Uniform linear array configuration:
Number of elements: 32
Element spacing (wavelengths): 0.75
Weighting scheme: hamming
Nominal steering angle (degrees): -30
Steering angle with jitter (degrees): -28.122
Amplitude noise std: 0.05
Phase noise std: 0.05

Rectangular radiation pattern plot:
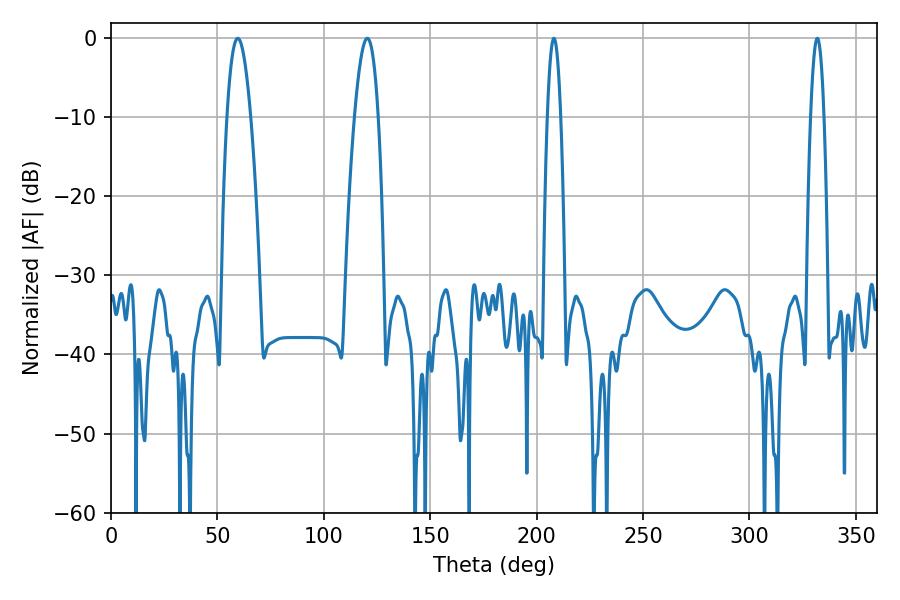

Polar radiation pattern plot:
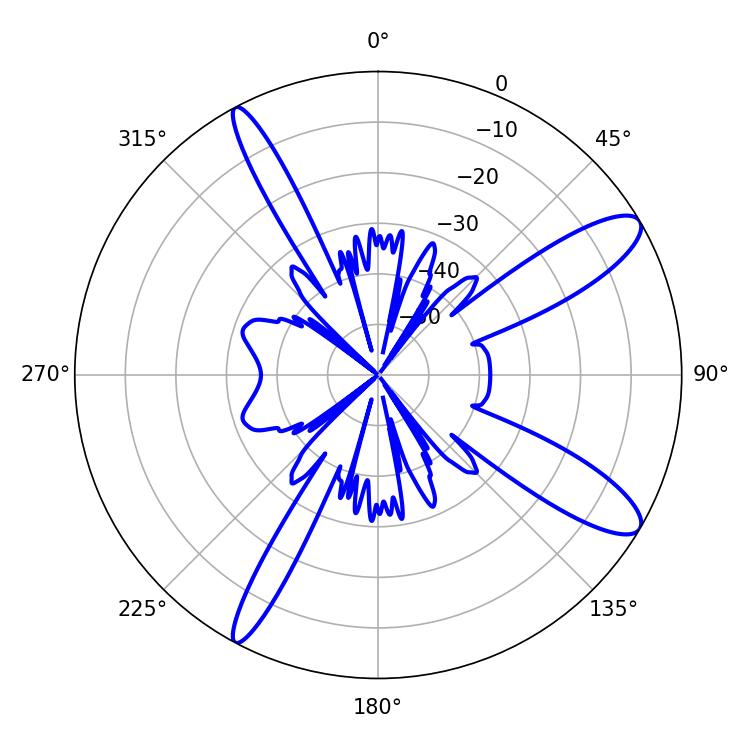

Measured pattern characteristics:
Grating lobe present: TRUE
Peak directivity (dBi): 11.63
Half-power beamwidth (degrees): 6.12
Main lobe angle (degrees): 59.58